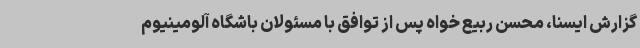
گزارش ایسنا، محسن ربیع خواه پس از توافق با مسئولان باشگاه آلومینیوم